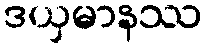
ဒယှမာနဿ